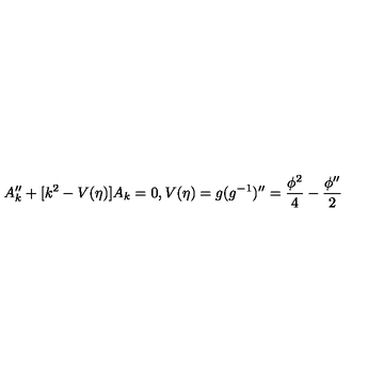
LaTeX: A _ { k } ^ { \prime \prime } + [ k ^ { 2 } - V ( \eta ) ] A _ { k } = 0 , V ( \eta ) = g ( g ^ { - 1 } ) ^ { \prime \prime } = \frac { \phi ^ { 2 } } { 4 } - \frac { \phi ^ { \prime \prime } } { 2 }